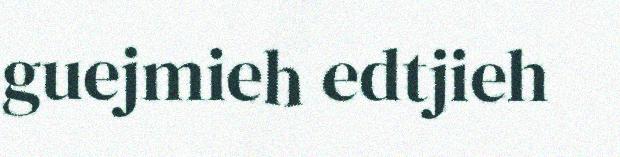
guejmieh edtjieh